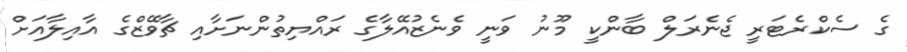
ގެ ސެކްރެޓަރީ ޖެނެރަލް ބާންކީ މޫނު ވަނީ ވެނެޒުއޭލާގެ ރައްޔިތުންނަށާއި ޗާވޭޒްގެ އާއިލާއަށް